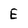
Character: E